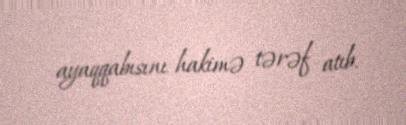
ayaqqabısını hakimə tərəf atıb.